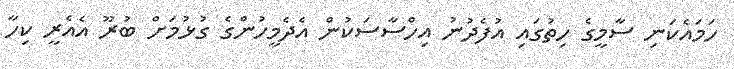
ހަމައެކަނި ސާމީގެ ހިތުގައި އުފެދުނު އިހްސާސަކުން އެދެމީހުންގެ ގުޅުމަށް ބުރޫ އެއެރީ ކިހާ